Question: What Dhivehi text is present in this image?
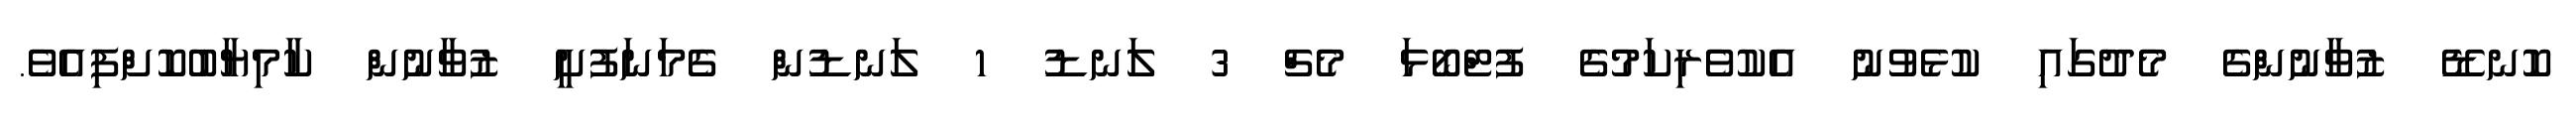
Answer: ކޮނޑޭ ޒުވާނުންގެ މެދުގައި ކުޅެވުނު އެކުވެރިކަމުގެ ފުޓްބޯޅަ މެޗް 3 ލަނޑު 1 ލަނޑުން ގެމަނަފުށީ ޒުވާނުން ކާމިޔާބުކޮށްފިއެވެ.